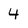
Character: 4